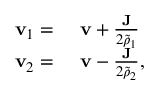
\begin{array} { r l } { \mathbf { v } _ { 1 } = } & { { } ~ \mathbf { v } + \frac { \mathbf { J } } { 2 \tilde { \rho } _ { 1 } } } \\ { \mathbf { v } _ { 2 } = } & { { } ~ \mathbf { v } - \frac { \mathbf { J } } { 2 \tilde { \rho } _ { 2 } } , } \end{array}